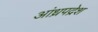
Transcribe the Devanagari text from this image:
आंध्रपद्रेश